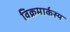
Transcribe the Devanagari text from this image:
विक्रमार्कस्य